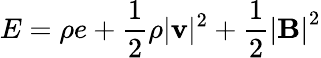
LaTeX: E=\rho e+\frac{1}{2}\rho|\mathbf{v}|^{2}+\frac 12{|\mathbf{B}|}^{2}